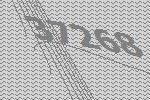
37268